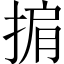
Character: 掮